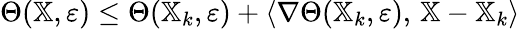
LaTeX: \Theta(\mathbb{X},\varepsilon)\leq\Theta(\mathbb{X}_{k},\varepsilon)+\langle\nabla\Theta(\mathbb{X}_{k},\varepsilon),\, \mathbb{X}-\mathbb{X}_{k}\rangle